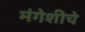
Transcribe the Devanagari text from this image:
मंगेशीचे